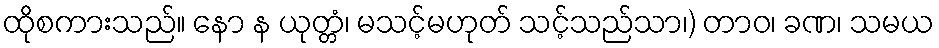
ထိုစကားသည်။ နော န ယုတ္တံ၊ မသင့်မဟုတ် သင့်သည်သာ၊) တာဝ၊ ခဏ၊ သမယ